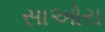
સાઓરા